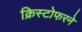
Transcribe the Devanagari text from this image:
क्रिस्टोफरने